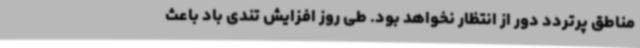
مناطق پرتردد دور از انتظار نخواهد بود. طی روز افزایش تندی باد باعث